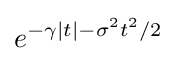
e^{-\gamma |t|-\sigma ^{2}t^{2}/2}